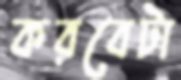
করবেটা